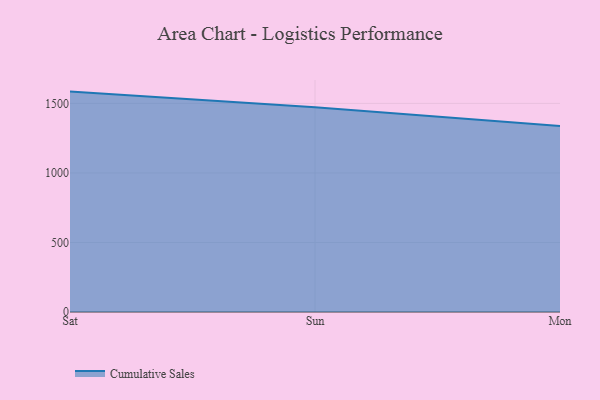
{"axis": {"x": "Day", "y": "LTV (USD)"}, "legend": ["Cumulative Sales"], "data": [{"x": "Sat", "y": 1584.9, "type": "Cumulative Sales"}, {"x": "Sun", "y": 1472.5, "type": "Cumulative Sales"}, {"x": "Mon", "y": 1337.8, "type": "Cumulative Sales"}]}